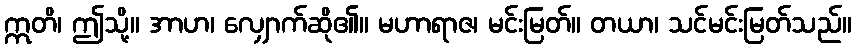
ဣတိ၊ ဤသို့။ အာဟ၊ လျှောက်ဆို၏။ မဟာရာဇ၊ မင်းမြတ်။ တယာ၊ သင်မင်းမြတ်သည်။